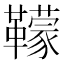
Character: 𩍬